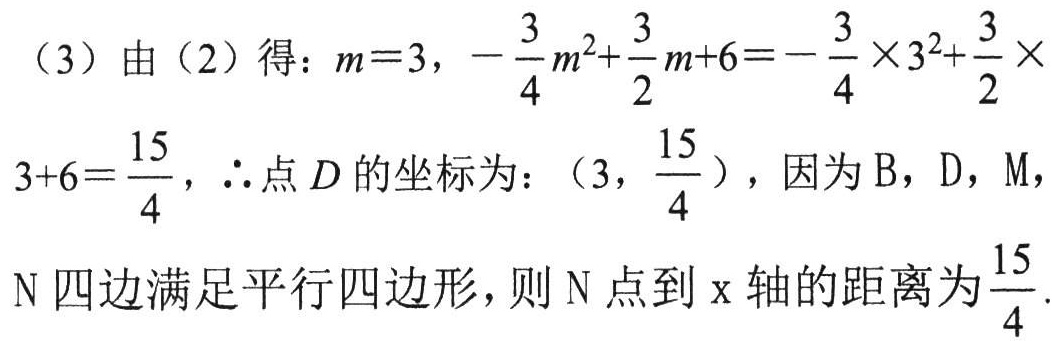
（3）由（2）得：\(m = 3\)，\(-\frac{3}{4}m^{2}+\frac{3}{2}m + 6=-\frac{3}{4}\times3^{2}+\frac{3}{2}\times3 + 6=\frac{15}{4}\)，\(\therefore\)点\(D\)的坐标为：\((3,\frac{15}{4})\)，因为\(B\)，\(D\)，\(M\)，\(N\)四边满足平行四边形，则\(N\)点到\(x\)轴的距离为\(\frac{15}{4}\).